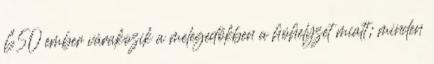
650 ember várakozik a melegedőkben a hóhelyzet miatt; minden